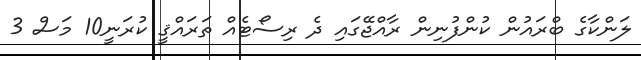
ލަންކާގެ ބްރައުން ކުންފުނިން ރާއްޖޭގައި ދެ ރިސޯޓެއް ތަރައްޤީ ކުރަނީ10 މަސް 3